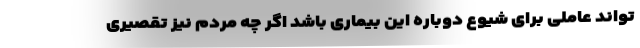
تواند عاملی برای شیوع دوباره این بیماری باشد اگر چه مردم نیز تقصیری